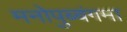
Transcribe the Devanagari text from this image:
मनोपुब्बंगमा